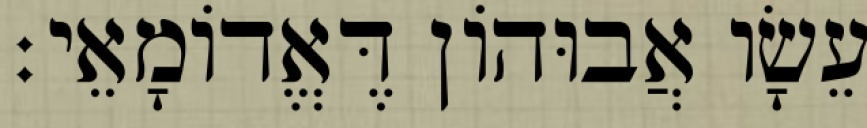
עֵשָׂו אֲבוּהוֹן דֶּאֱדוֹמָאֵי׃